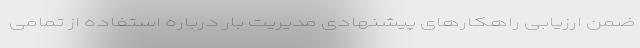
ضمن ارزیابی راهکارهای پیشنهادی مدیریت بار درباره استفاده از تمامی